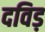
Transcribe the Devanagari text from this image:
दविड़